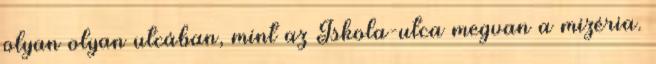
olyan olyan utcában, mint az Iskola-utca megvan a mizéria.